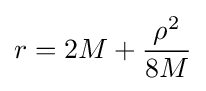
r=2M+{\frac {\rho ^{2}}{8M}}